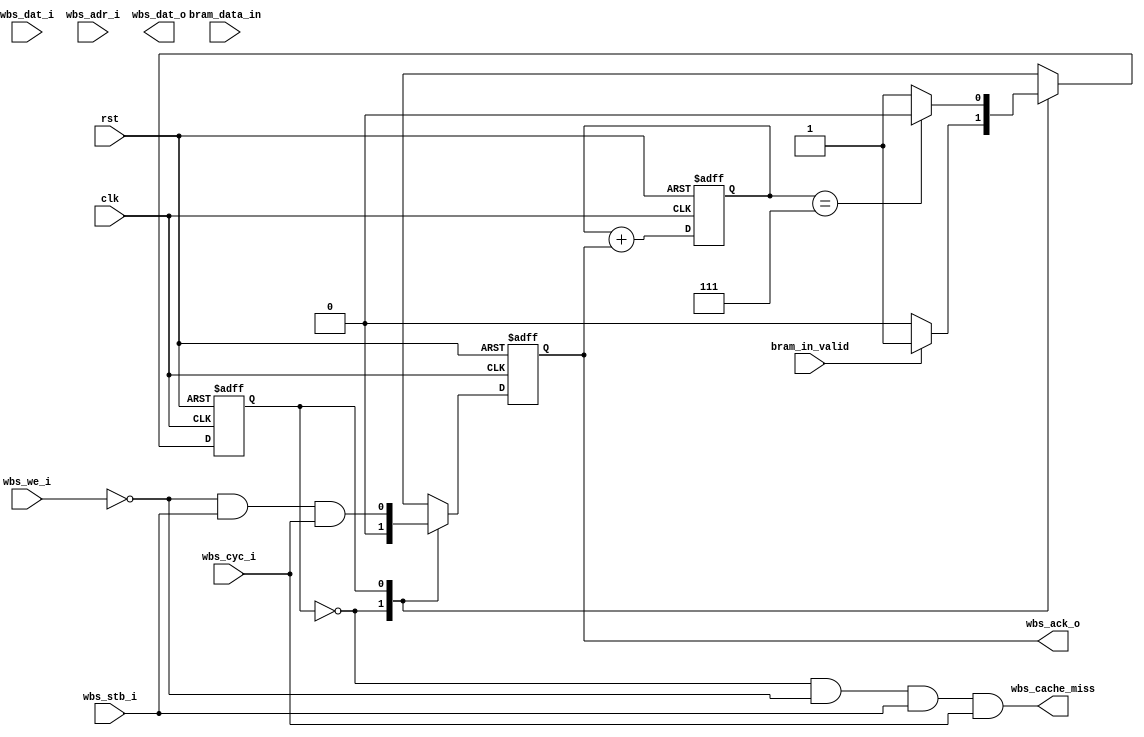
module instru_cache #(
    parameter CPU_Burst_Read_Lenght = 7 /*8-1*/
)(
    /* From system */
    input clk ,
    input rst ,

    /* From CPU */
    input wbs_stb_i ,
    input wbs_cyc_i ,
    input wbs_we_i ,
    // input [3:0] wbs_sel_i ,
    input [31:0] wbs_dat_i ,
    input [31:0] wbs_adr_i ,
    
    /* To CPU */
    output wbs_ack_o ,
    output [31:0] wbs_dat_o ,

    /* To Arbiter */
    output wbs_cache_miss ,

    /* From BRAM Controller */
    input [31:0] bram_data_in ,
    input bram_in_valid //

);
// 有效讀取就miss，讀走8筆回到IDLE
wire HIT ;
assign HIT = 0 ;
reg [31:0] cache [0:7] ;
reg [2:0] output_counter , save_counter ;
reg wbs_ack_q ; 
assign wbs_ack_o = wbs_ack_q ;
assign wbs_cache_miss =~cache_state_q & ~wbs_we_i & wbs_stb_i & wbs_cyc_i ;

localparam  IDLE = 1'd0 ,
            READ = 1'd1 ; // CPU Read data from cache 
reg cache_state_q , cache_state_d ; 
always @(posedge clk or posedge rst) begin
    if (rst) begin
        cache_state_q <= 0 ; 
    end else begin  
        cache_state_q <= cache_state_d ;
    end
end
always @(*) begin
    case (cache_state_q)
        IDLE : begin
            cache_state_d = (HIT | bram_in_valid) ? (READ):(IDLE);
        end 
        READ : begin
            cache_state_d = ( output_counter == CPU_Burst_Read_Lenght ) ? (IDLE):(READ);
        end
        default : begin
            cache_state_d = (HIT | bram_in_valid) ? (READ):(IDLE);
        end 
    endcase
end

always @(posedge clk or posedge rst) begin
    if (rst) begin
        output_counter <= 0 ;
    end else begin
        output_counter <= output_counter + wbs_ack_o ;
    end
end
always @(posedge clk or posedge rst) begin
    if (rst) begin
        wbs_ack_q <= 0 ;
    end else begin
        case (cache_state_q)
            IDLE : begin
                wbs_ack_q <= 0 ;
            end 
            READ : begin
                wbs_ack_q <= ~wbs_we_i & wbs_stb_i & wbs_cyc_i ;
            end
            default: wbs_ack_q <= 0 ;
        endcase
    end
end
always @(posedge clk or posedge rst) begin
    if (rst) begin
        save_counter <= 0 ;
    end else begin
        save_counter <= save_counter + bram_in_valid ;
    end
end

always @(posedge clk) begin
    if (bram_in_valid) begin
        cache[save_counter] <= bram_data_in ;
    end
end

    
endmodule